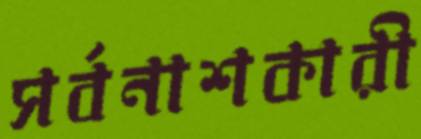
সর্বনাশকারী